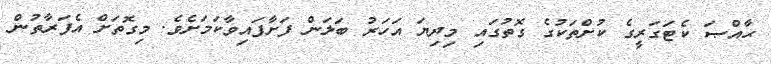
ޙާއްޞަ ކެޓަގަރީގެ ކުށްތަކުގެ ގޮތުގައި މިދިޔަ އަހަރު ބަލަން ފަށާފައިވާކަމަށެވެ. މިގޮތަށް އެފަރާތުން